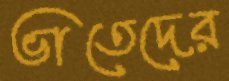
ভাতেদের